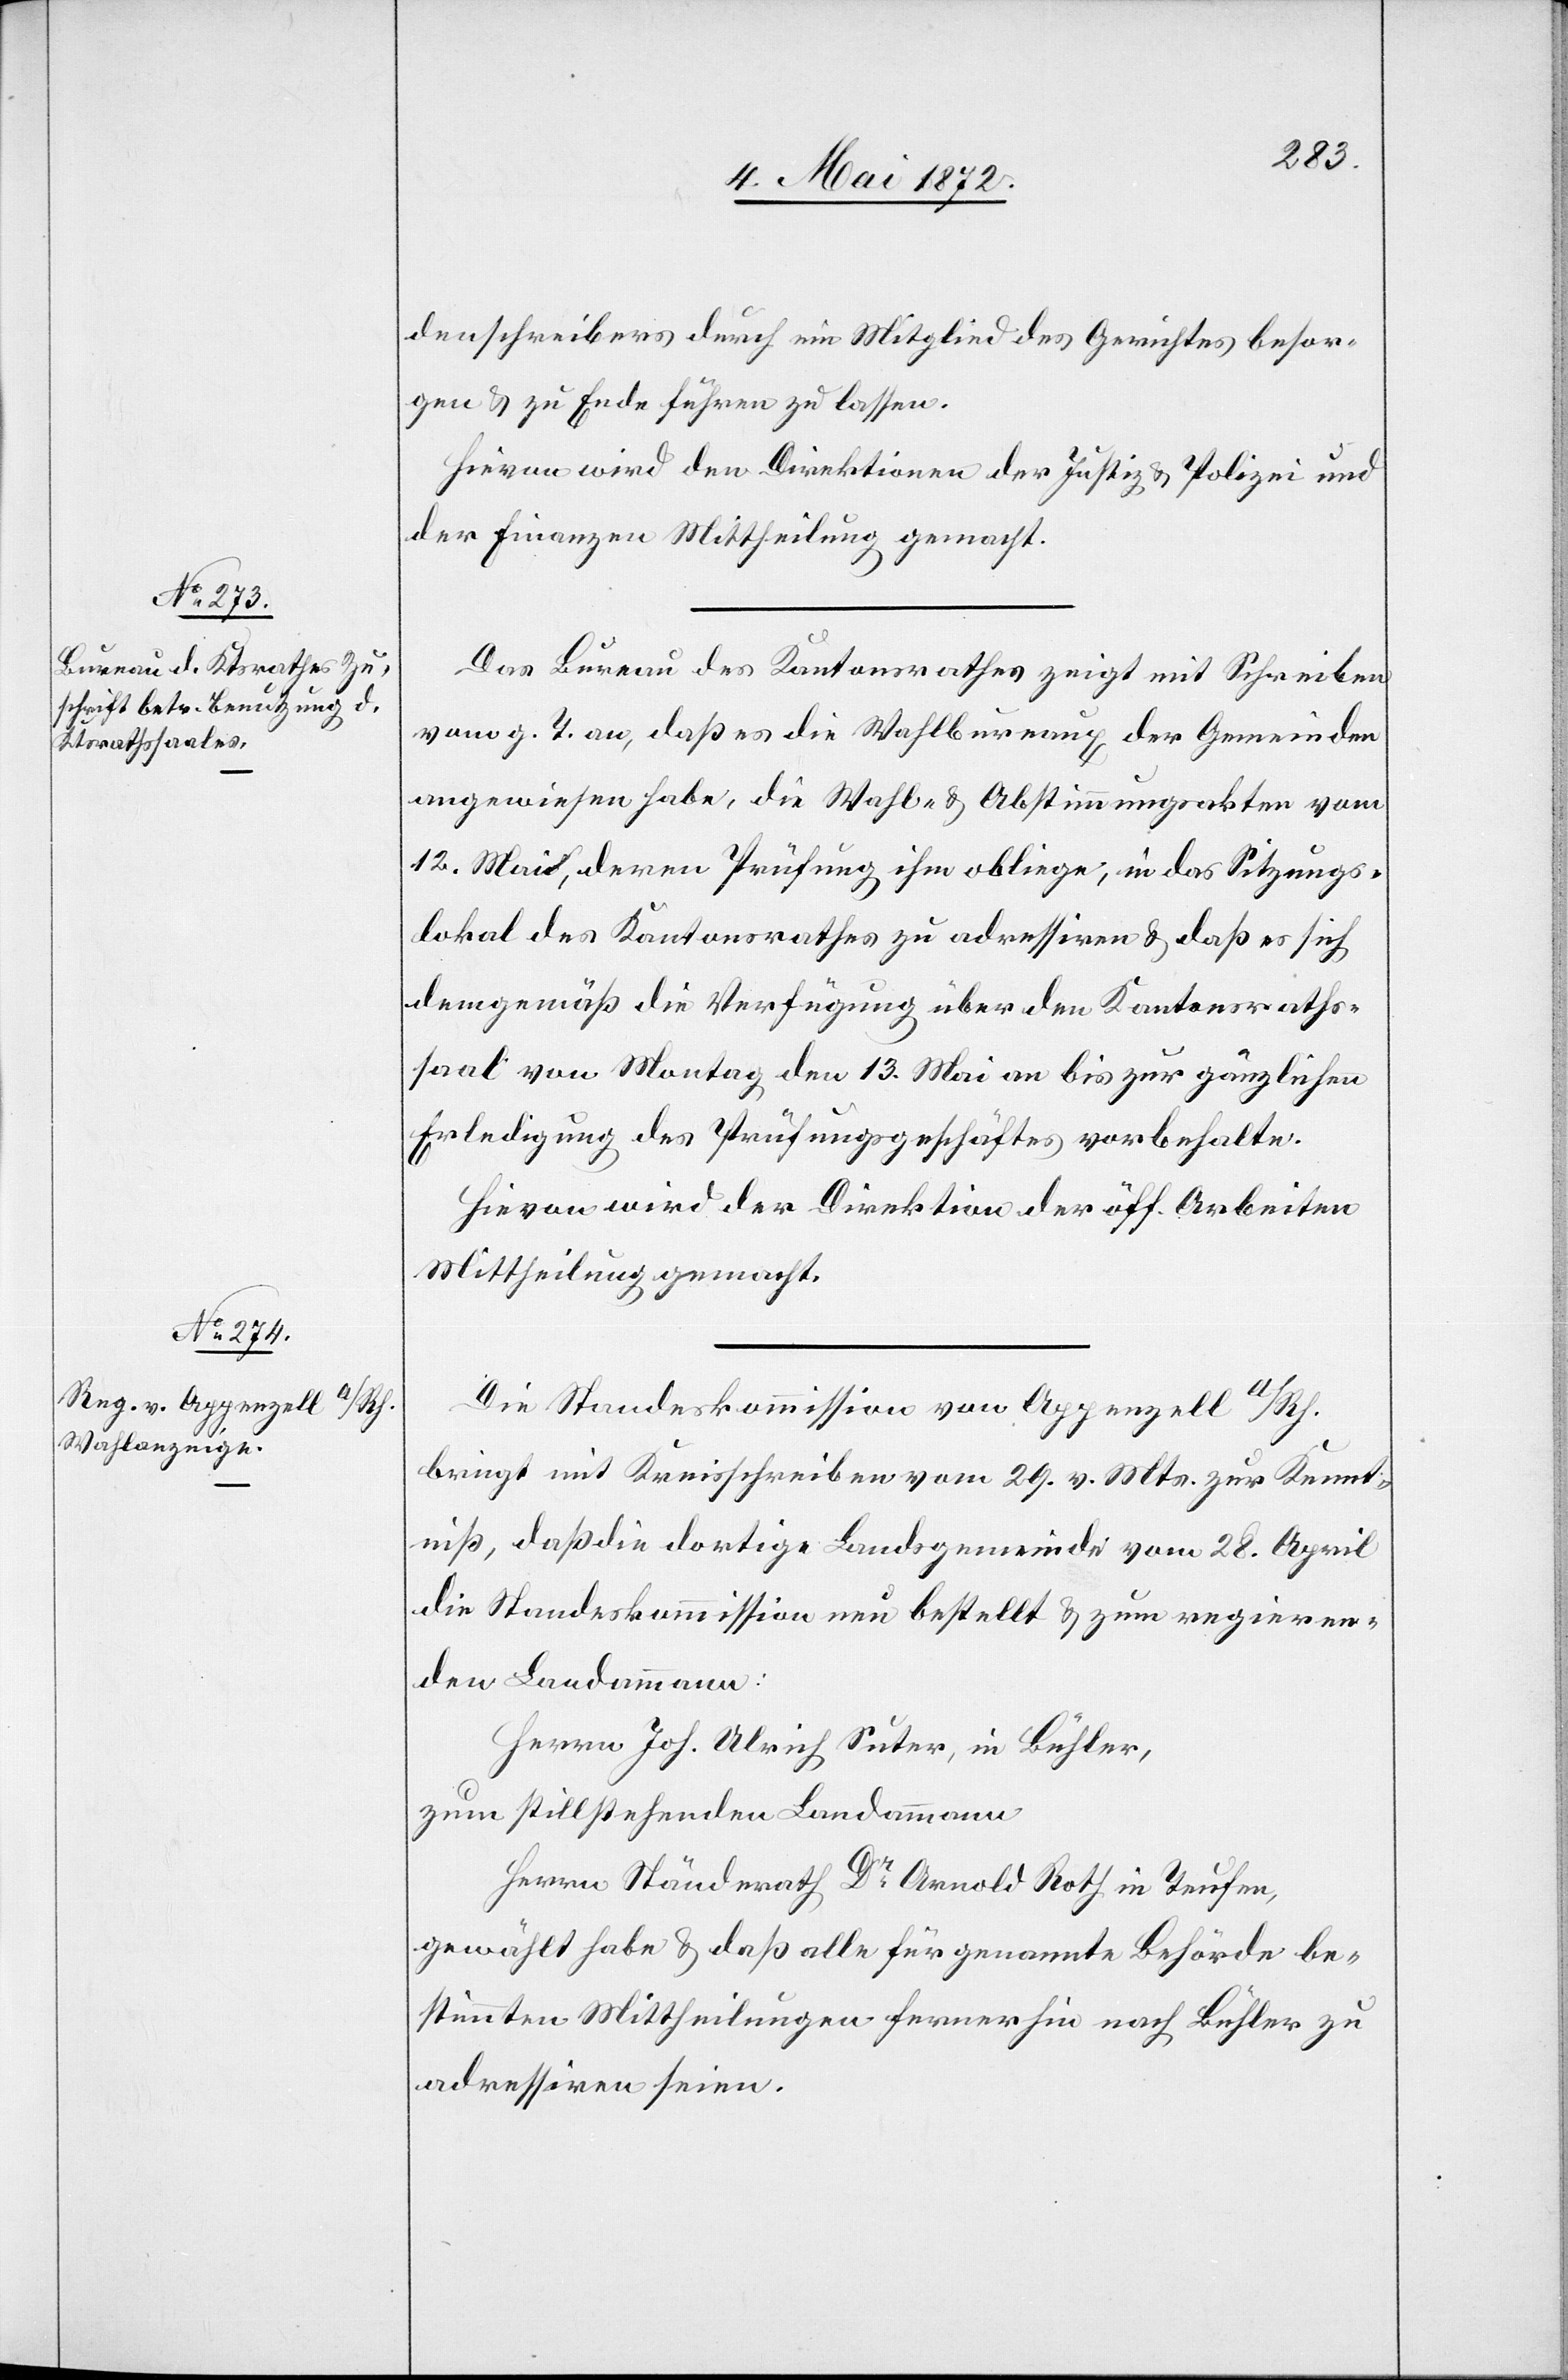
denschreibers durch ein Mitglied des Gerichtes besor¬
gen u. zu Ende führen zu lassen.
Hievon wird den Direktionen der Justiz u. Polizei und
der Finanzen Mittheilung gemacht.
Das Bureau des Kantonsrathes zeigt mit Schreiben
vom g. T. an, daß es die Wahlbureaux der Gemeinden
angewiesen habe, die Wahl- u. Abstimmungsakten vom
12. Mai, deren Prüfung ihm obliege, in das Sitzungs¬
lokal des Kantonsrathes zu adressiren u. daß es sich
demgemäß die Verfügung über den Kantonsraths¬
saal vom Montag den 13. Mai an bis zur gänzlichen
Erledigung des Prüfungsgeschäftes vorbehalte.
Hievon wird der Direktion der öff. Arbeiten
Mittheilung gemacht.
Die Standeskommission von Appenzell a/Rh.
bringt mit Kreisschreiben vom 29. v. Mts. zur Kennt¬
niß, daß die dortige Landsgemeinde vom 28. April
die Standeskommission neu bestellt u. zum regieren¬
den Landammann:
Herrn Joh. Ulrich Suter, in Bühler,
zum stillstehenden Landammann
Herrn Ständerath Dr. Arnold Roth in Teufen,
gewählt habe u. daß alle für genannte Behörde be¬
stimmten Mittheilungen fernerhin nach Bühler zu
adressiren seien.